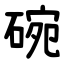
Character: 碗